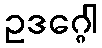
ဥဒဂ္ဂေါ